Scottish Education Department, 1927
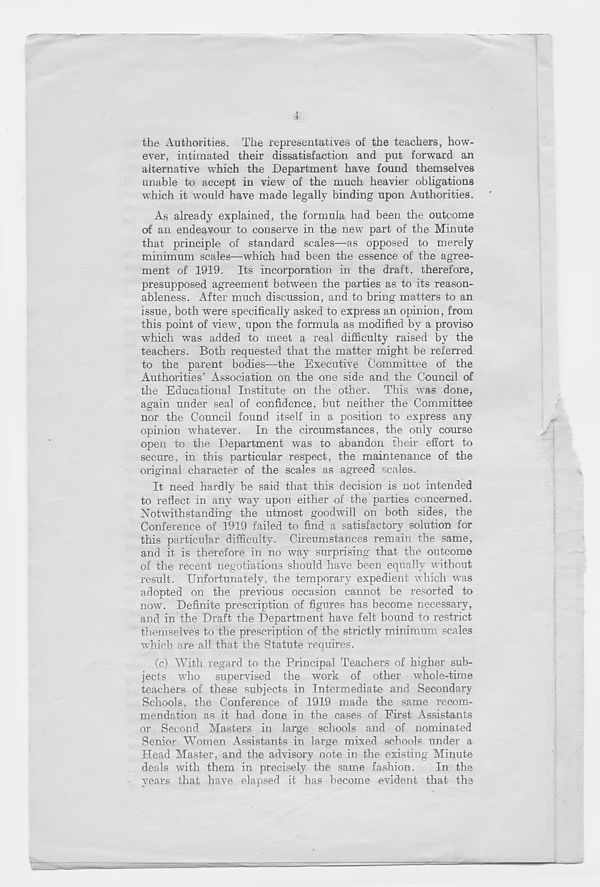
4
the Authorities. The representatives of the teachers, how-
ever, intimated their dissatisfaction and put forward an
alternative which the Department have found themselves
unable to accept in view of the much heavier obligations
which it would have made legally binding upon Authorities.
As already explained, the formula had been the outcome
of an endeavour to conserve in the new part of the Minute
that principle of standard scales—as opposed to merely
minimum scales—which had been the essence of the agree-
ment of 1919. Its incorporation in the draft, therefore,
presupposed agreement between the parties as to its reason-
ableness. After much discussion, and to bring matters to an
issue, both were specifically asked to express an opinion, from
this point of view, upon the formula as modified by a proviso
which was added to meet a real difficulty raised by the
teachers. Both requested that the matter might be ref erred
to the parent bodies—the Executive Committee of the
Authorities’ Association on the one side and the Council of
the Educational Institute on the other. This was done,
again under seal of confidence, but neither the Committee
nor the Council found itself in a position to express any
opinion whatever. In the circumstances, the only course
open to the Department was to abandon their effort to
secure, in this particular respect, the maintenance of the
original character of the scales as agreed scales.
It need hardly be said that this decision is not intended
to reflect in any way upon either of the parties concerned.
Notwithstanding the utmost goodwill on both sides, the
Conference of 1919 failed to find a satisfactory solution for
this particular difficulty. Circumstances remain the same,
and it is therefore in no way surprising that the outcome
of the recent negotiations should have been equally without
result. Unfortunately, the temporary expedient which was
adopted on the previous occasion cannot be resorted to
now. Definite prescription of figures has become necessary,
and in the Draft the Department have felt bound to restrict
themselves to the prescription of the strictly minimum scales
which are all that the Statute requires.
(c) With regard to the Principal Teachers of higher sub-
jects who supervised the work of other whole-time
teachers of these subjects in Intermediate and Secondary
Schools, the Conference of 1919 made the same recom-
mendation as it had done in the cases of First Assistants
or Second Masters in large schools and of nominated
Senior Women Assistants in large mixed schools under a
Head Master, and the advisory note in the existing Minute
deals with them in precisely the same fashion.
In the
years that have elapsed it has become evident that the